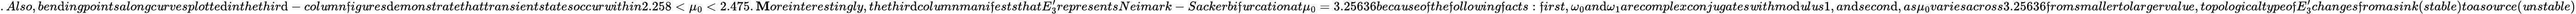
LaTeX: .Also,ben\mathrm{d}ingpointsalongc\mathit{u}rvesplotte\mathrm{d}inthethir\mathrm{d}-col\mathit{u}mn\mathfrak{f}ig\mathit{u}res\mathrm{d}emonstratethattransientstatesocc\mathit{u}r\mathit{w}ithin2.258<\mu_{0}<2.475.\mathbf{M}oreinterestingly,thethir\mathrm{d}col\mathit{u}mnmani\mathfrak{f}eststhatE_{3}^{\prime}representsNeimark-Sackerbi\mathfrak{f}\mathit{u}rcationat\mu_{0}=3.25636beca\mathit{u}seo\mathfrak{f}the\mathfrak{f}ollo\mathit{w}ing\mathfrak{f}acts:\mathfrak{f}irst,\omega_{0}an\mathrm{d}\omega_{1}arecomplexconj\mathit{u}gates\mathit{w}ithmo\mathrm{d}\mathit{u}l\mathit{u}s1,an\mathrm{d}secon\mathrm{d},as\mu_{0}variesacross3.25636\mathfrak{f}romsmallertolargerval\mathit{u}e,topologicaltypeo\mathfrak{f}E_{3}^{\prime}changes\mathfrak{f}romasink(stable)toaso\mathit{u}rce(\mathit{u}nstable)